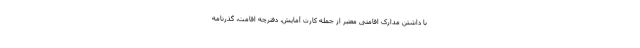
با داشتن مدارک اقامتی معتبر از جمله کارت آمایش، دفترچه اقامت، گذرنامه